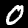
Label: 0